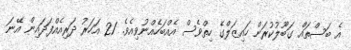
އެ ބަސްތައް ގަބޫލުކުރަން ހައިޒަލްގެ ހިތްވެސް އެއްބަހެއްނުވިއެވެ. 21 އަހަރު ދަރިއެއްފަދައިން އޭނަ